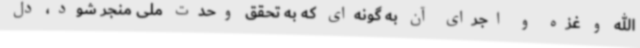
الله و غزه و اجرای آن به گونه‌ای که به تحقق وحدت ملی منجر شود، دل